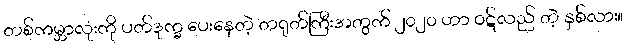
တစ်ကမ္ဘာလုံးကို ပတ်ဒုက္ခ ပေးနေတဲ့ တရုတ်ကြီးအတွက် ၂၀၂၀ ဟာ ဝဋ်လည် တဲ့ နှစ်လား။